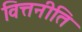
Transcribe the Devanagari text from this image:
वित्तनीति